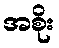
အစိုး